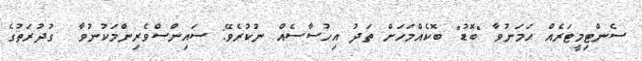
ސެންޓިމީޓަރެއް ހަމަނުވާ "ބޮޑު" ބޮކެއްމަހަށް ތަދު އިހުސާސެއް ނުކުރެވޭ: ސައިންސްވެރިންމަކުނުވާ  ގުދުރަތުގެ